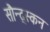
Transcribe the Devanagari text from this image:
सौन्द्स्कन